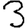
Digit: 3